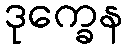
ဒုက္ခေန